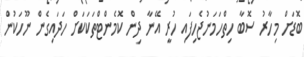
ބޮޑަށް މިހާރު ސޮބާ ހިތްހަމަނުޖެހިފައި ހުރީ އޭނާ ދިން ކޮމެންޓްތަކަކަށް ހަދައިގެން ނޫހަކުން